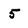
Character: 5